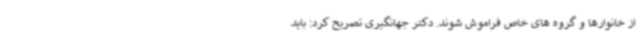
از خانوارها و گروه های خاص فراموش شوند. دکتر جهانگیری تصریح کرد: باید